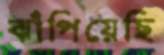
ঝাঁপিয়েছি